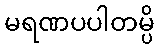
မရဏပပါတမ္ပိ